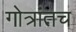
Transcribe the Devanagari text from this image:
गोत्रांतच